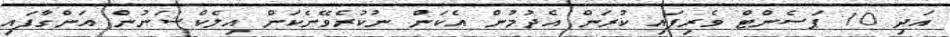
އަދި 10 ޕަސެންޓް ވެރިފައި ކުރަން އެދުމުން އެކަން ނުކުރެވޭނެކަން އިލެކްޝަނުން އަންގާފައި